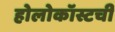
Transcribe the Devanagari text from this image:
होलोकॉस्टची